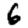
Digit: 6